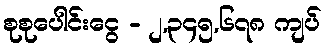
စုစုပေါင်းငွေ - ၂,၃၄၅,၆၇၈ ကျပ်